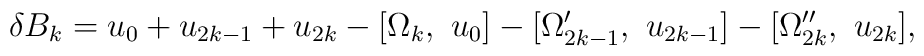
\delta B_k =  u_{0} + u_{2k-1} + u_{2k}   - [\Omega_k, ~ u_0] - [\Omega'_{2k-1}, ~ u_{2k-1}]    - [\Omega''_{2k}, ~ u_{2k}],